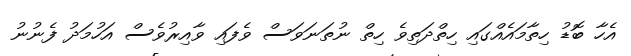
އެހާ ބޮޑު ހިތާމައެއްގައި ހިތްދަތިވެ ހިތް ނުތަނަވަސް ވެފައި ވާއިރުވެސް އަހުމަދު ފެނުނު